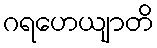
ဂရဟေယျာတိ